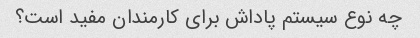
چه نوع سیستم پاداش برای کارمندان مفید است؟